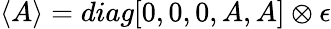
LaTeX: \langle A\rangle=diag[0,0,0,A,A]\otimes\epsilon